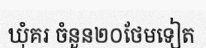
ឃុំគរ ចំនួន២០ថែមទៀត